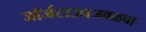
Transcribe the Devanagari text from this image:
जॉर्जटाउनजवळचा